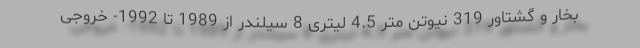
بخار و گشتاور 319 نیوتن متر 4.5 لیتری 8 سیلندر از 1989 تا 1992- خروجی